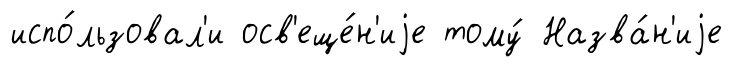
испо́льзовал'и осв'еще́н'иjе тому́ Назва́н'иjе